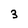
Character: 3